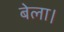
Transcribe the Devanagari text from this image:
बेला।